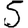
Digit: 5